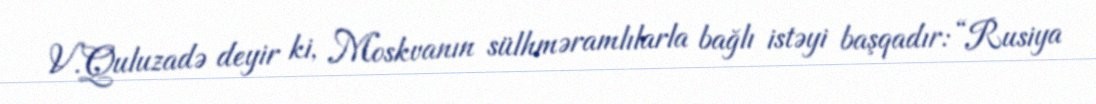
V.Quluzadə deyir ki, Moskvanın sülhməramlılarla bağlı istəyi başqadır: “Rusiya